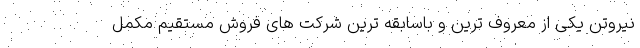
نیروتن یکی از معروف ترین و باسابقه ترین شرکت های فروش مستقیم مکمل